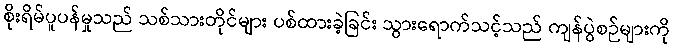
စိုးရိမ်ပူပန်မှုသည် သစ်သားတိုင်များ ပစ်ထားခဲ့ခြင်း သွားရောက်သင့်သည် ကျန်ပွဲစဉ်များကို